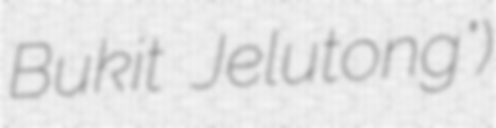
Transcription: Bukit Jelutong")